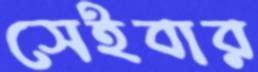
সেইবার